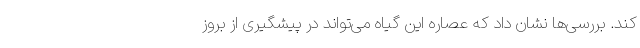
کند. بررسی‌ها نشان داد که عصاره این گیاه می‌تواند در پیشگیری از بروز